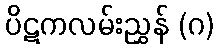
ပိဋကလမ်းညွှန် (ဂ)